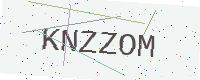
Text: KNZZOM